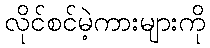
လိုင်စင်မဲ့ကားများကို